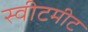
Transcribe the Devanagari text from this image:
स्वीटमीट